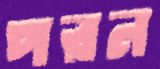
পরন